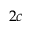
2 c